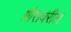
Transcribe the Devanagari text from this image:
ग्रीसवरील